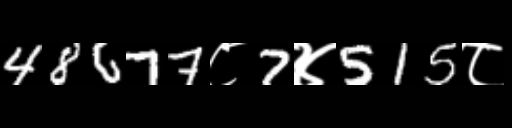
Text: 48677८7४515८